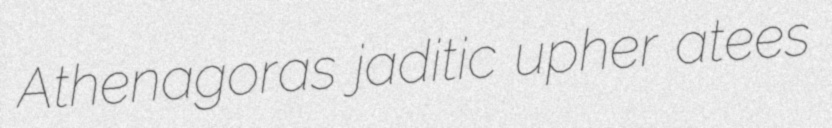
Athenagoras jaditic upher atees